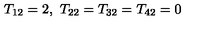
T _ { 1 2 } = 2 , \ T _ { 2 2 } = T _ { 3 2 } = T _ { 4 2 } = 0